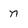
Character: n